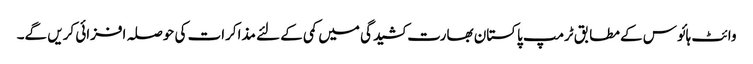
وائٹ ہائوس کے مطابق ٹرمپ پاکستان بھارت کشیدگی میں کمی کے لئے مذاکرات کی حوصلہ افزائی کریں گے۔